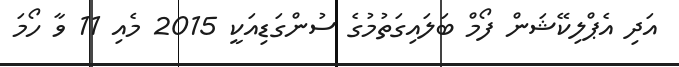
އަދި އެޕްލިކޭޝަން ފޯމް ބަލައިގަތުމުގެ ސުންގަޑިއަކީ 2015 މެއި 11 ވާ ހޯމަ